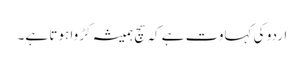
اردو کی کہاوت ہے کہ سچ ہمیشہ کڑوا ہوتا ہے۔